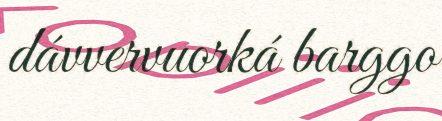
dávvervuorká barggo